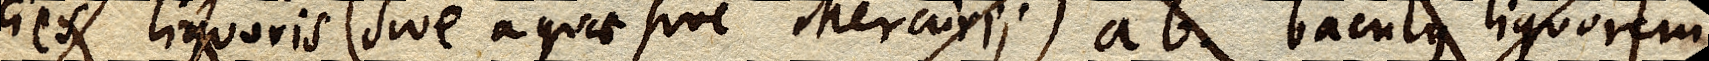
cies liquoris (sive aquae sive Mercurii) ab. baculus liquorem